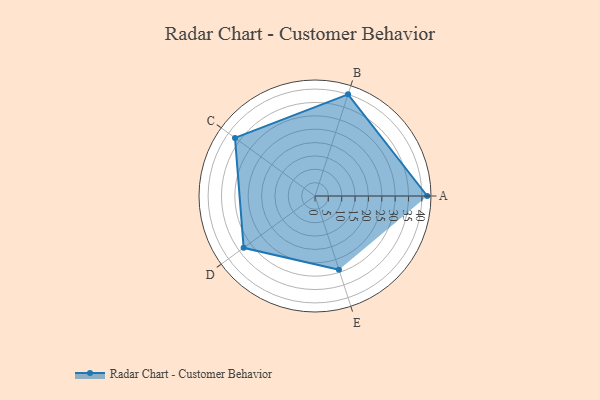
{"axis": {"x": "Skill", "y": "Score"}, "legend": ["Profile"], "data": [{"x": "A", "y": 42.0, "type": "Profile"}, {"x": "B", "y": 40.0, "type": "Profile"}, {"x": "C", "y": 37.0, "type": "Profile"}, {"x": "D", "y": 33.0, "type": "Profile"}, {"x": "E", "y": 29.0, "type": "Profile"}]}